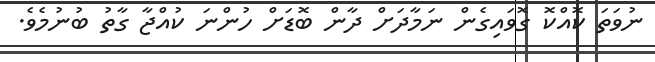
ނުވަތަ ކޮއްކޮ ގޮވައިގެން ނަމާދަށް ދާން ބޮޑަށް ހުންނަ ކުއްޖާ ގާތު ބުނުމެވެ.